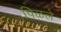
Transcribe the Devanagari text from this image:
पिळले